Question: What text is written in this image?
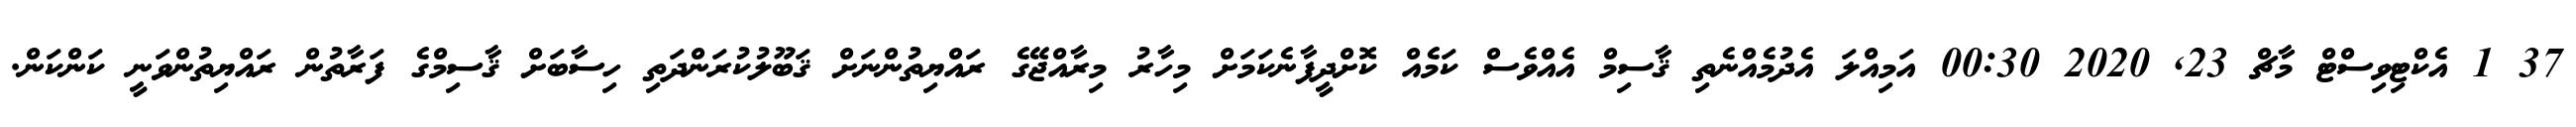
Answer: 37 1 އެކްޓިވިސްޓް މާޗް 23, 2020 00:30 އަމިއްލަ އެދުމެއްނެތި ޤާސިމް އެއްވެސް ކަމެއް ކޮށްދީފާނެކަމަށް މިހާރު މިރާއްޖޭގެ ރައްޔިތުންނަށް ޤަބޫލުކުރަންދަތި ހިސާބަށް ޤާސިމްގެ ފަރާތުން ރައްޔިތުންވަނީ ކަންކަން.